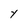
Character: Y